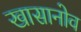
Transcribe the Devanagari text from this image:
खासानोव